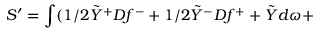
S ^ { \prime } = \int ( 1 / 2 \tilde { Y } ^ { + } { \cal D } f ^ { - } + 1 / 2 \tilde { Y } ^ { - } { \cal D } f ^ { + } + \tilde { Y } d \omega +